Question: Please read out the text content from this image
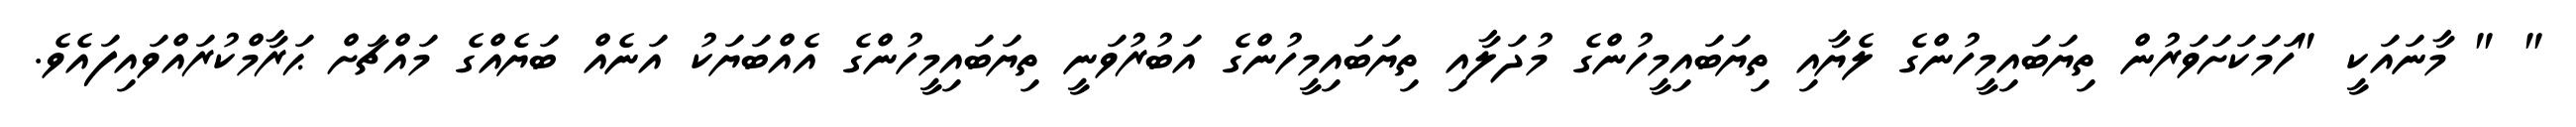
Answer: " " މާނައަކީ "ހަމަކަށަވަރުން ތިޔަބައިމީހުންގެ ލެޔާއި ތިޔަބައިމީހުންގެ މުދަލާއި ތިޔަބައިމީހުންގެ އަބުރުވަނީ ތިޔަބައިމީހުންގެ އެއްބަޔަކު އަނެއް ބަޔެއްގެ މައްޗަށް ޙަރާމްކުރައްވައިފައެވެ.